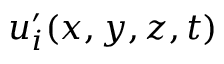
u _ { i } ^ { \prime } ( x , y , z , t )